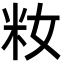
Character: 籹